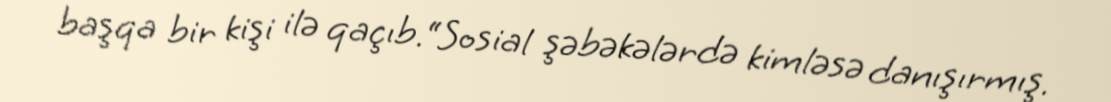
başqa bir kişi ilə qaçıb.“Sosial şəbəkələrdə kimləsə danışırmış.